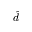
\hat { d }